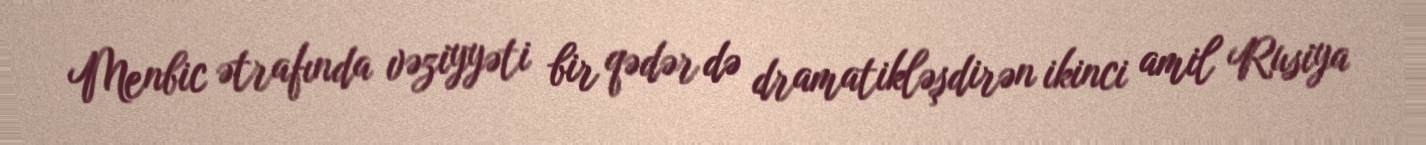
Menbic ətrafında vəziyyəti bir qədər də dramatikləşdirən ikinci amil Rusiya